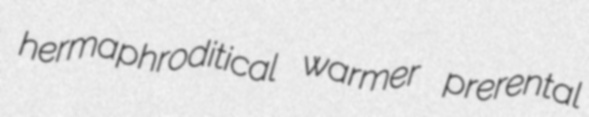
hermaphroditical warmer prerental